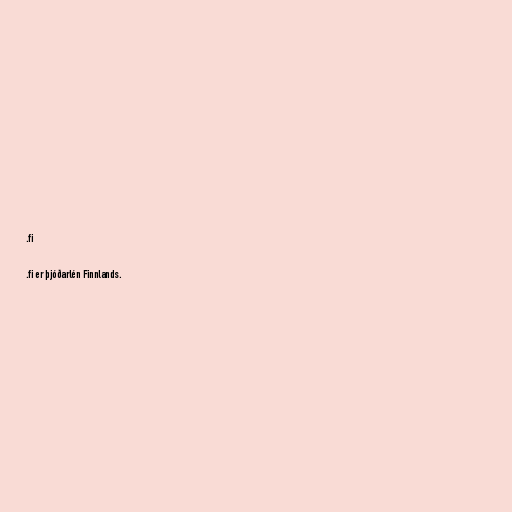
.fi

.fi er þjóðarlén Finnlands.